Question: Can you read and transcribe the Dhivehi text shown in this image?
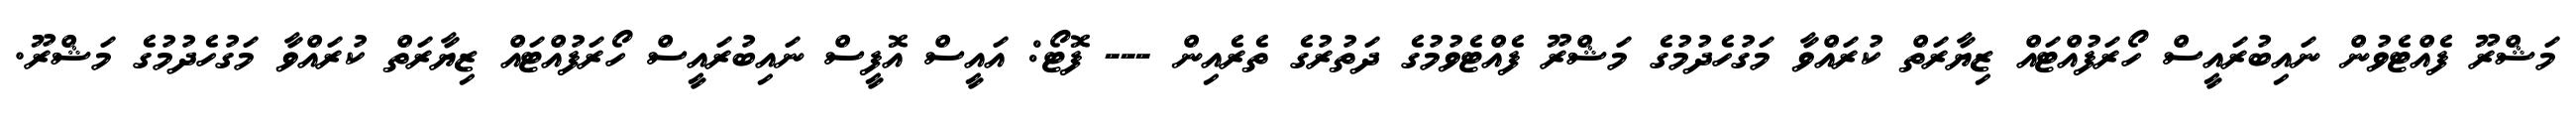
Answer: މަޝްރޫ ފެއްޓެވުން ނައިބުރައީސް ހޯރަފުއްޓައް ޒިޔާރަތް ކުރައްވާ މަގުހެދުމުގެ މަޝްރޫ ފެއްޓެވުމުގެ ދަތުރުގެ ތެރެއިން --- ފޮޓޯ: އައީސް އޮފީސް ނައިބުރައީސް ހޯރަފުއްޓައް ޒިޔާރަތް ކުރައްވާ މަގުހެދުމުގެ މަޝްރޫ.